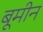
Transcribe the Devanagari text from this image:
बूमीन